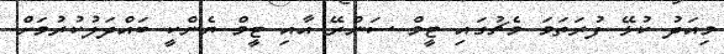
މިއަދު ކުޅޭ ފުރަތަމަ މެޗުގައި ޓީމް ސަންރޭ އާއި ޓީމް ޔެންކީ ބައްދަލުކުރުމަށް